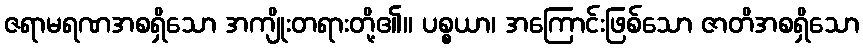
ဇရာမရဏအစရှိသော အကျိုးတရားတို့၏။ ပစ္စယာ၊ အကြောင်းဖြစ်သော ဇာတိအစရှိသော